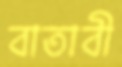
বাতাবী